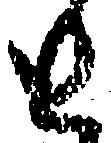
と